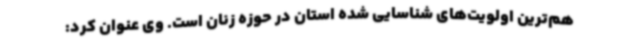
هم‌ترین اولویت‌های شناسایی شده استان در حوزه زنان است. وی عنوان کرد: